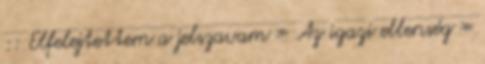
:: Elfelejtettem a jelszavam » Az igazi ellenség »